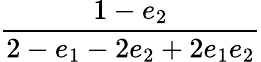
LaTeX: \displaystyle\frac{1-e_{2}}{2-e_{1}-2e_{2}+2e_{1}e_{2}}